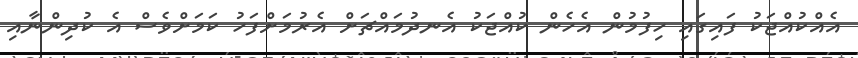
އެއްކުއްޖަކު ފައިގައި ހިފުމުން އެެހެން ކުއްޖަކު އެނދުމައްޗަށް އެރުމަށްފަހު ކަމަށްވެސް އެ ކުދިންނާއި